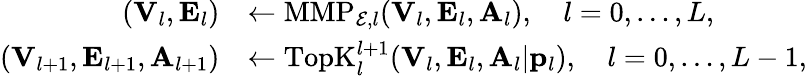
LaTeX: \begin{array}{rl}{({\mathbf V}_{l},{\mathbf E}_{l})}&{\leftarrow\mathrm{MMP}_{{\cal E},l}({\mathbf V}_{l},{\mathbf E}_{l},{\mathbf A}_{l}),\quad l=0,\ldots,L,}\\ {({\mathbf V}_{l+1},{\mathbf E}_{l+1},{\mathbf A}_{l+1})}&{\leftarrow\mathrm{TopK}_{l}^{l+1}({\mathbf V}_{l},{\mathbf E}_{l},{\mathbf A}_{l}|{\mathbf p}_{l}),\quad l=0,\ldots,L-1,}\end{array}